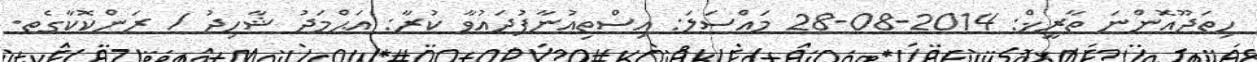
ހިތަދޫއޮންނަ ތާރީޚް: 2014-08-28 މައްސަލަ: އިސްތިއުނާފުދައުވާ ކުރާ: އަޙްމަދު ޝާހިދު / ރަންކޮކާގެތ.